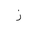
Letter: _zay